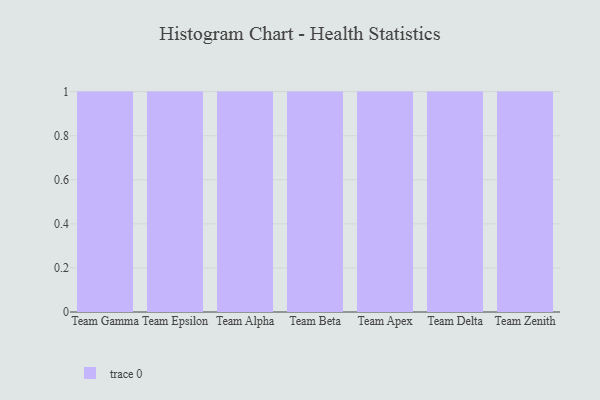
{"axis": {"x": "Team", "y": "Headcount"}, "legend": [""], "data": [{"x": "Team Gamma", "y": 43, "type": ""}, {"x": "Team Epsilon", "y": 45, "type": ""}, {"x": "Team Alpha", "y": 56, "type": ""}, {"x": "Team Beta", "y": 97, "type": ""}, {"x": "Team Apex", "y": 45, "type": ""}, {"x": "Team Delta", "y": 87, "type": ""}, {"x": "Team Zenith", "y": 77, "type": ""}]}